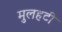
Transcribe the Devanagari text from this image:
मुलहटी